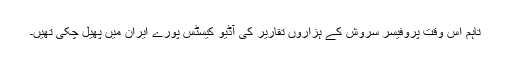
تاہم اس وقت پروفیسر سروش کے ہزاروں تقاریر کی آڈیو کیسٹس پورے ایران میں پھیل چکی تھیَں۔